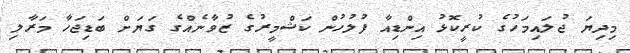
މިދިޔަ ޖުލައިމަހުގެ ކުރީކޮޅު އިންޑިއާ ފުލުހުން ކަޝްމީރުގެ ޒުވާނެއްގެ ގަޔަށް ބަޑިޖަހާ މަރާލި